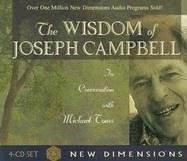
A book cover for The Wisdom of Joseph Campbell; Michael Toms; Religion & Spirituality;